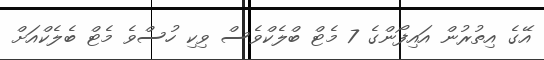
އޭގެ އިތުރުން އައިފޯންގެ 7 މެޓް ބްލެކްވެސް ވިކި ހުސްވެ މެޓް ބެލެކްއަށްް